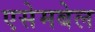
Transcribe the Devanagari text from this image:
एसेमबेल